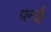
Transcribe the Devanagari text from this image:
पनई